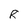
Character: R